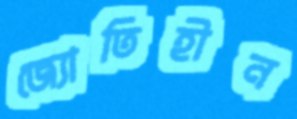
জ্যোতিহীন